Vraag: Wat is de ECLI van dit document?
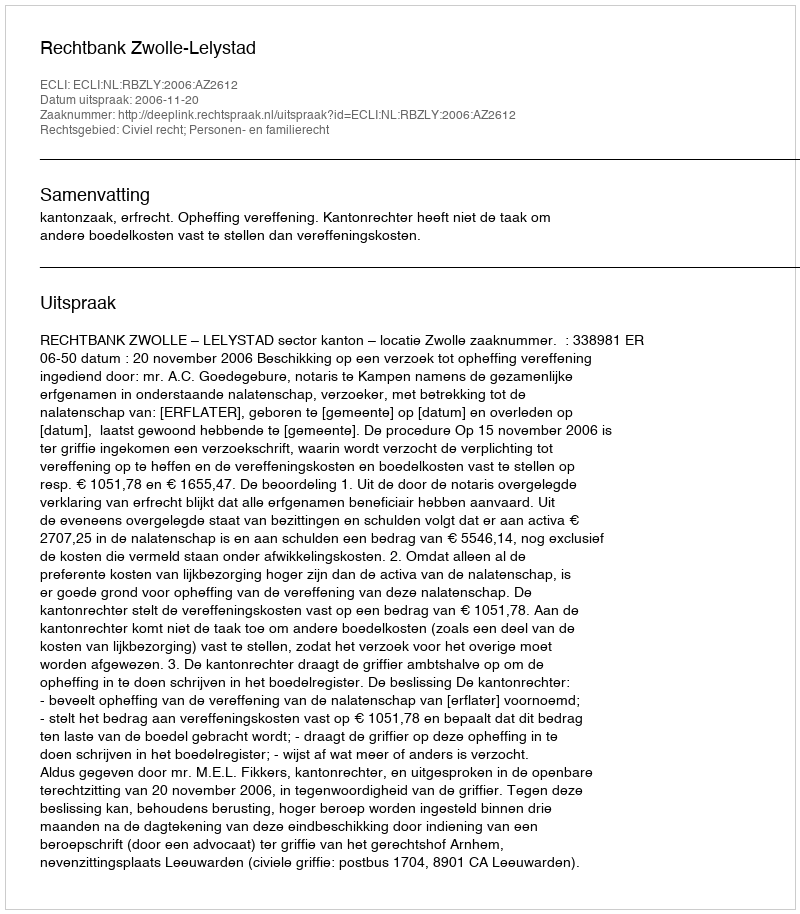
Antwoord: ECLI:NL:RBZLY:2006:AZ2612